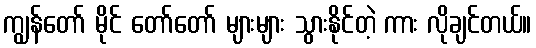
ကျွန်တော် မိုင် တော်တော် များများ သွားနိုင်တဲ့ ကား လိုချင်တယ်။